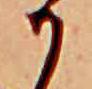
か